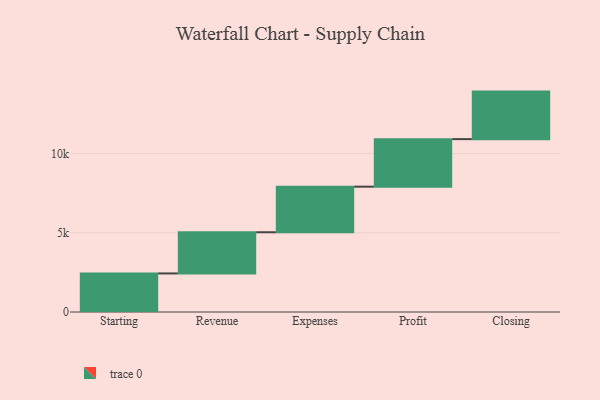
{"axis": {"x": "Step", "y": "Value"}, "legend": [""], "data": [{"x": "Starting", "y": 2434.0, "type": ""}, {"x": "Revenue", "y": 2599.0, "type": ""}, {"x": "Expenses", "y": 2877.0, "type": ""}, {"x": "Profit", "y": 3000, "type": ""}, {"x": "Closing", "y": 3000, "type": ""}]}